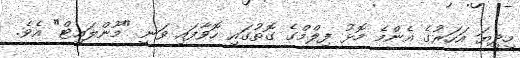
މިދިޔަ އަހަރުގެ އެންމެ މޮޅު ފިލްމްގެ ގޮތުގައި ހޮވާފައި ވަނީ "މޫންލައިޓް" އެވެ.